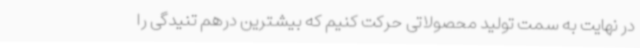
در نهایت به سمت تولید محصولاتی حرکت کنیم که بیشترین درهم تنیدگی را